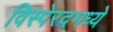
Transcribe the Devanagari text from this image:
विस्पेरदमध्ये